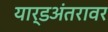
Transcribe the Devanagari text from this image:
यार्डअंतरावर